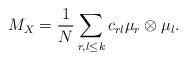
LaTeX: \begin{align*}M_X = \frac{1}{N} \sum_{r,l \leq k} c_{rl} \mu_r \otimes \mu_l.\end{align*}